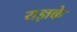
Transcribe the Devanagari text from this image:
यज्ञके